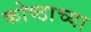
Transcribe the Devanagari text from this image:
कोष्ठाच्या